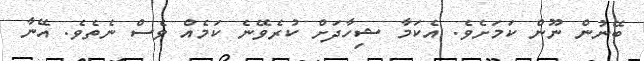
ބޭނުން ނޫން ކަމަށެވެ. އެކަމާ ޝިހާދަށް ކުރެވޭނެ ކަމެއް ވެސް ނެތެވެ. އޭނާ